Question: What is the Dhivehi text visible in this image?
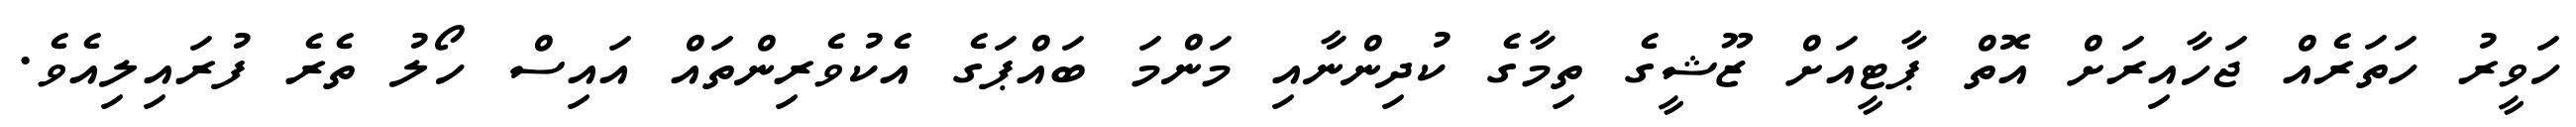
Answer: ހަވީރު ހަތަރެއް ޖަހާއިރަށް އޮތް ޕާޓީއަށް ޒޫޝީގެ ތިމާގެ ކުދިންނާއި މަންމަ ބައްޕަގެ އެކުވެރިންތައް އައިސް ހޯލު ތެރެ ފުރައިލިއެވެ.